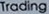
Trading